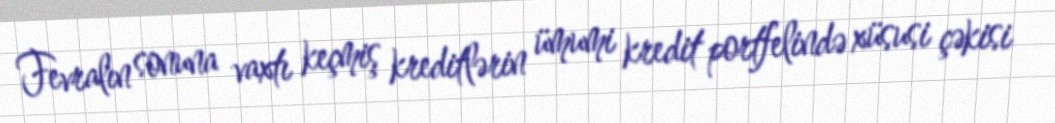
Fevralın sonuna vaxtı keçmiş kreditlərin ümumi kredit portfelində xüsusi çəkisi